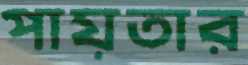
পায়তার